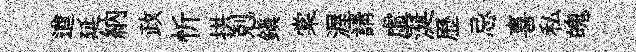
遒延納政忻拱剋鎭棠渥請虛涎歷忌喜私魄